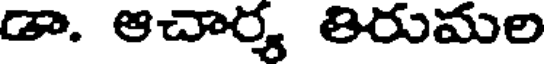
డా. ఆచార్య 8రుమల